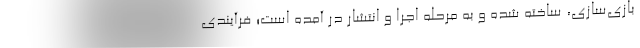
بازی‌سازی، ساخته شده و به مرحله اجرا و انتشار در آمده است؛ فرآیندی